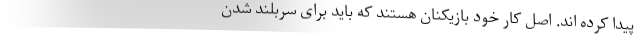
پیدا کرده اند. اصل کار خود بازیکنان هستند که باید برای سربلند شدن